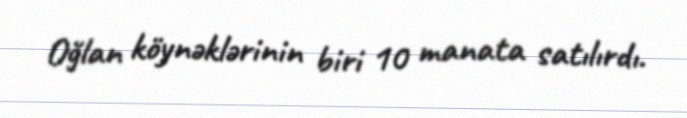
Oğlan köynəklərinin biri 10 manata satılırdı.